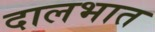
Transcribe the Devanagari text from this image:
दालभात